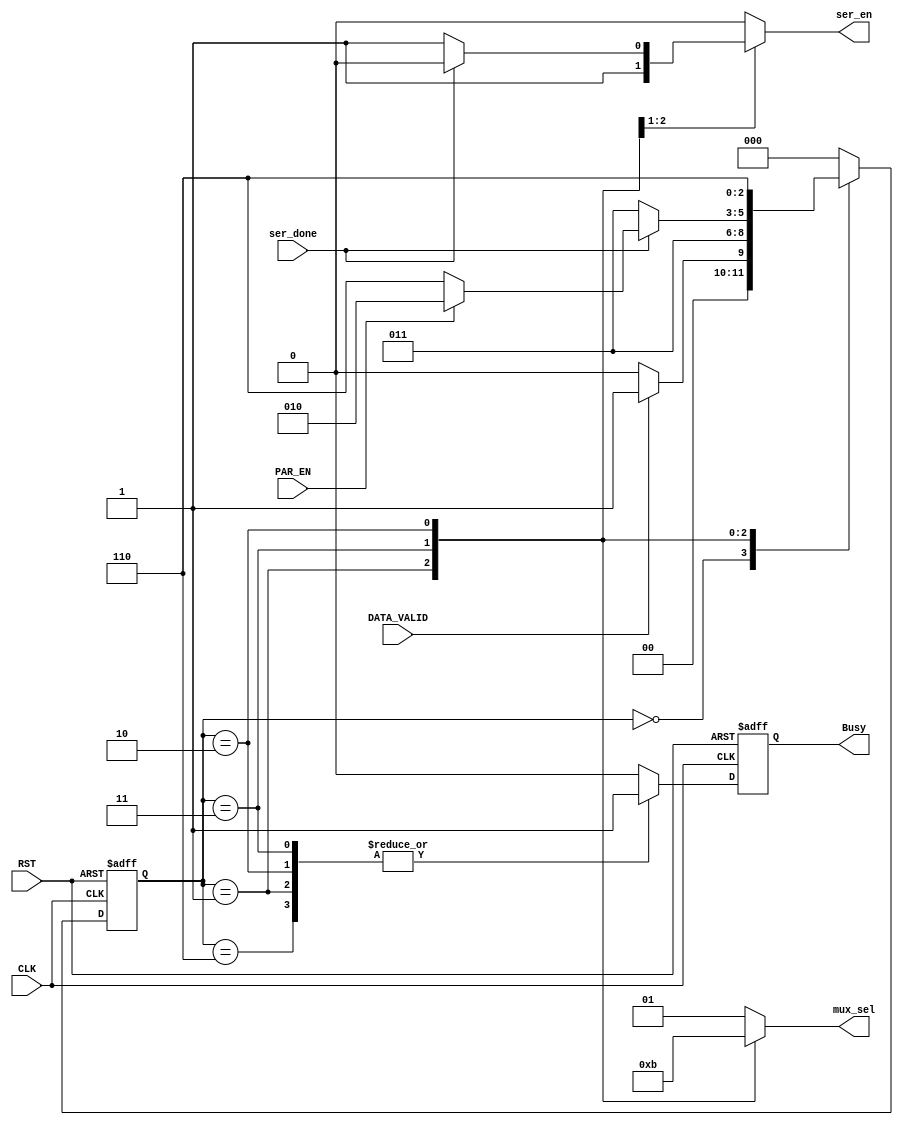
module TX_FSM  (

 input   wire                  CLK,
 input   wire                  RST,
 input   wire                  DATA_VALID, 
 input   wire                  ser_done, 
 input   wire                  PAR_EN, 
 output  reg                   ser_en,
 output  reg     [1:0]         mux_sel, 
 output  reg                   Busy
);


	localparam IDLE = 3'b000 ;
	localparam STR  = 3'b001 ;
	localparam DATA = 3'b011 ;
	localparam PAR  = 3'b010 ;
	localparam STP  = 3'b110 ;

	reg [7:0]  tmp_frame ;
	reg [2:0]  cs , ns ; // current state and next state
	reg        Busy_c ;




// state memory 
	always @(posedge CLK or negedge RST) begin
		if (!RST)
			cs <= IDLE ;
		else 
			cs <= ns ; 
	end


// FSM  // all states has to drive 4 outputs 
//									    1- busy 
//									    1- ser_en 
//									    1- mux_sel 
//									    1- ns  



	always @(*) begin
		case (cs)
			IDLE : begin
				// state transition 
				   if (DATA_VALID) begin
				   	  ns = STR ;
				   	  ser_en = 1'b0 ;
				   end
				   else begin 
				   	  ns = IDLE ;
				   	  ser_en = 1'b0 ;
				   end

				// state description 
				   ser_en = 1'b0 ;
				   Busy_c    = 1'b0 ;
				   mux_sel = 2'b01 ; // 1 aka stop bit 
		   		   
		   		end	

			STR : begin
				// state transition
				   ns = DATA ;

				// state description
					ser_en  = 1'b1 ;
				  	Busy_c  = 1'b1 ;
				  	mux_sel = 2'b00 ; // start bit
		       	  
		       	end	       


			DATA : begin
				// state description
					ser_en  = 1'b1 ;
					Busy_c    = 1'b1 ;
					mux_sel = 2'b10 ; // serial data

				// state transition
				 
					if (!ser_done)   ns = DATA ;
					else if (PAR_EN) begin
						ns = PAR ;
						ser_en  = 1'b0 ;
					end 
					else begin
						ns = STP ;
						ser_en  = 1'b0 ;
					end		     
					
		           end	
				

			PAR : begin
				// state description
					ser_en  = 1'b0 ;
					Busy_c  = 1'b1 ;
					mux_sel = 2'b11 ; // parity bit


				// state transition
					ns = STP ;
		        end	

			STP : begin
				// state description
					ser_en  = 1'b0 ;
				    Busy_c    = 1'b1 ;
				    mux_sel = 2'b01 ; // stop bit	


				   	ns     = IDLE ;
				   	
				

		        end	

			default : begin
						ser_en  = 1'b0 ;
				        Busy_c  = 1'b0 ;
				        mux_sel = 2'b01 ;   //stop bit =  1 by default

					  	ns 	 	= IDLE ;
					  end
		endcase
	end

//register Busy 

always @ (posedge CLK or negedge RST)  begin
	if (!RST) begin
		Busy <= 1'b0 ;
	end
	else begin
    	Busy <= Busy_c ;
    end
 end

endmodule